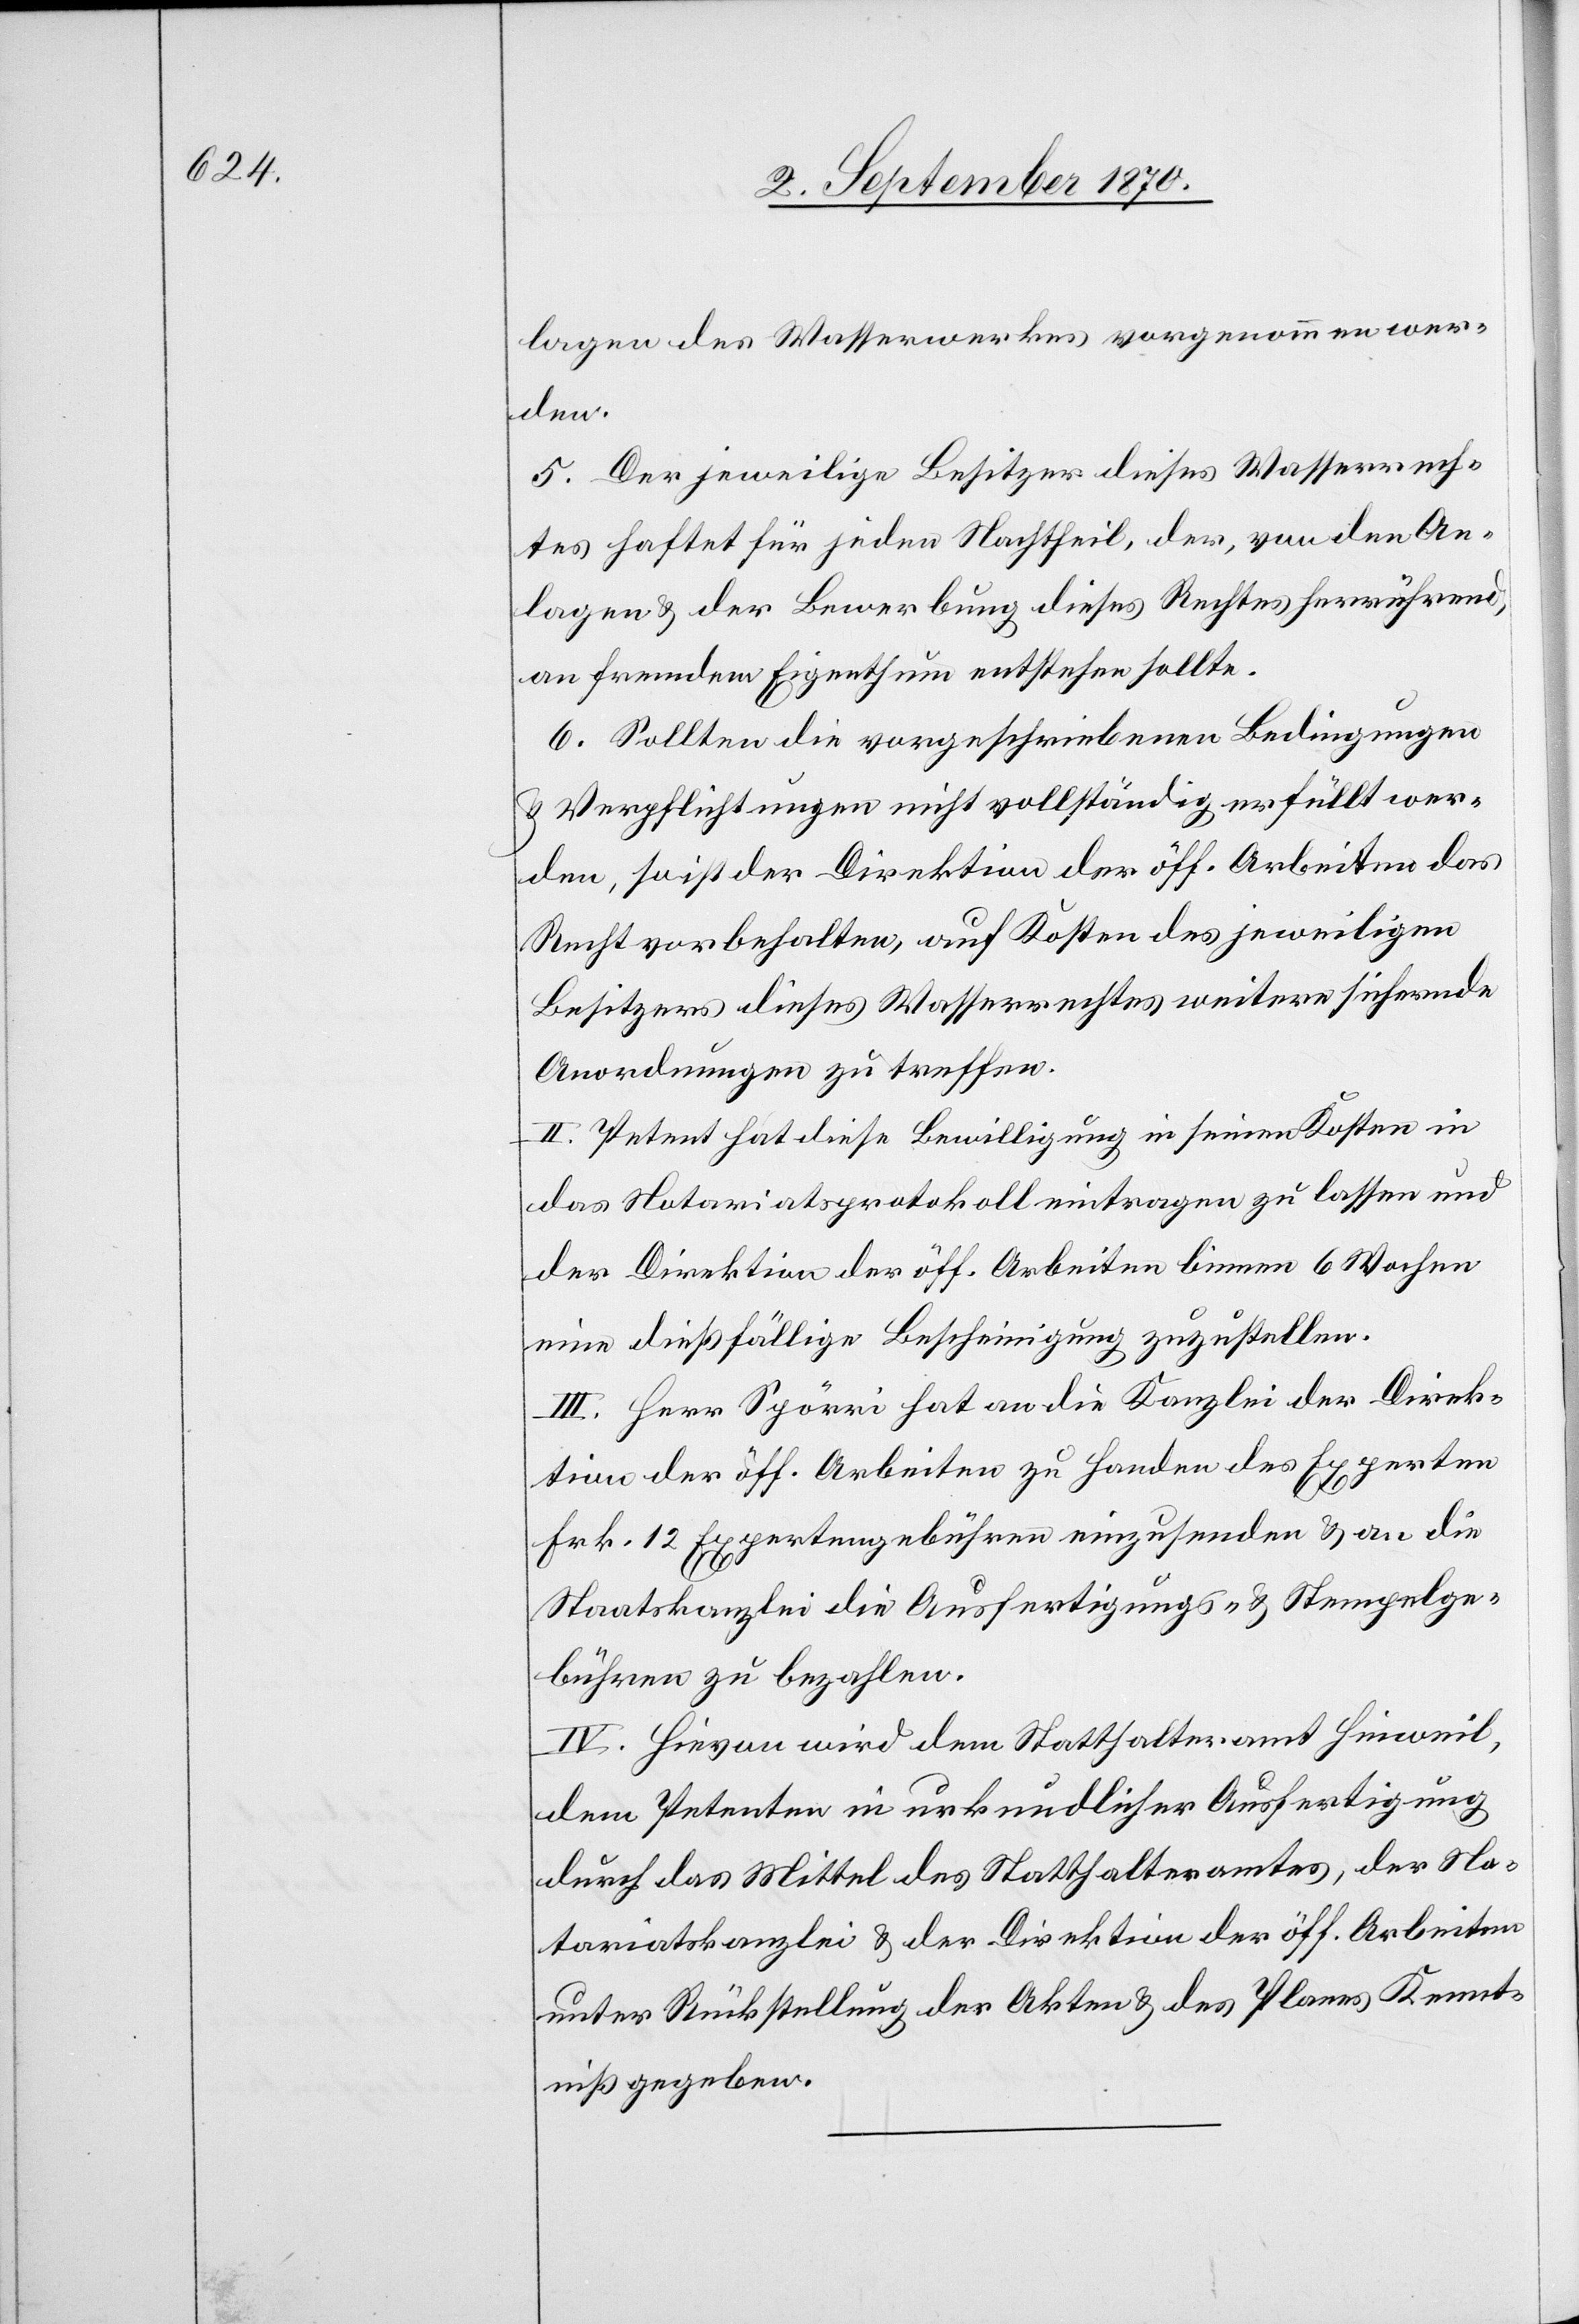
lagen des Wasserwerkes vorgenommen wer¬
den.
5. Der jeweilige Besitzer dieses Wasserrech¬
tes haftet für jeden Nachtheil, der, von den An¬
lagen & der Bewerbung dieses Rechtes herrührend,
an fremdem Eigenthum entstehen sollte.
6. Sollten die vorgeschriebenen Bedingungen
& Verpflichtungen nicht vollständig erfüllt wer¬
den, so ist der Direktion der öff. Arbeiten das
Recht vorbehalten, auf Kosten des jeweiligen
Besitzers dieses Wasserrechtes weitere sichernde
Anordnungen zu treffen.
II. Petent hat diese Bewilligung in seinen Kosten in
das Notariatsprotokoll eintragen zu lassen und
der Direktion der öff. Arbeiten binnen 6 Wochen
eine dießfällige Bescheinigung zuzustellen.
III. Herr Spörri hat an die Kanzlei der Direk¬
tion der öff. Arbeiten zu Handen des Experten
Frk. 12 Expertengebühren einzusenden & an die
Staatskanzlei die Ausfertigungs- & Stempelge¬
bühren zu bezahlen.
IV. Hievon wird dem Statthalteramt Hinweil,
dem Petenten in urkundlicher Ausfertigung
durch das Mittel des Statthalteramtes, der No¬
tariatskanzlei & der Direktion der öff. Arbeiten
unter Rückstellung der Akten & des Planes Kennt¬
niß gegeben.